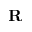
\mathbf { R }